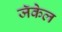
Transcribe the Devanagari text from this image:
जॅकेल